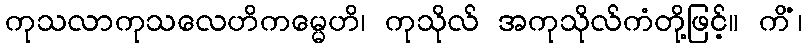
ကုသလာကုသလေဟိကမ္မေဟိ၊ ကုသိုလ် အကုသိုလ်ကံတို့ဖြင့်။ ကိံ၊